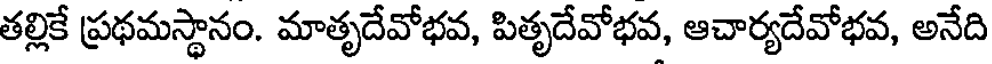
తల్లికే ప్రథమస్థానం. మాతృదేవోభవ, పితృదేవోభవ, ఆచార్యదేవోభవ, అనేది